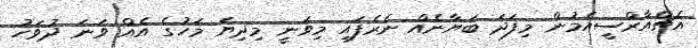
އެޗްއާރްސީއެމުން މިފަދަ ބަޔާނެއް ނެރެފައި މިވަނީ މިދިޔަ މަހުގެ އެއް ވަނަ ދުވަހު